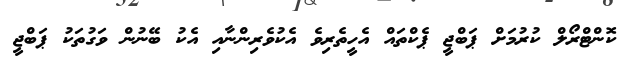
ކޮންޓްރޯލް ކުރުމަށް ޕަބްޖީ ޕެކްތައް އެހީތެރިވެ އެކުވެރިންނާއި އެކު ބޭނުން ވަގުތަކު ޕަބްޖީ